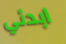
ابدئي